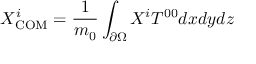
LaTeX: X _ { \mathrm { C O M } } ^ { i } = { \frac { 1 } { m _ { 0 } } } \int _ { \partial \Omega } X ^ { i } T ^ { 0 0 } d x d y d z